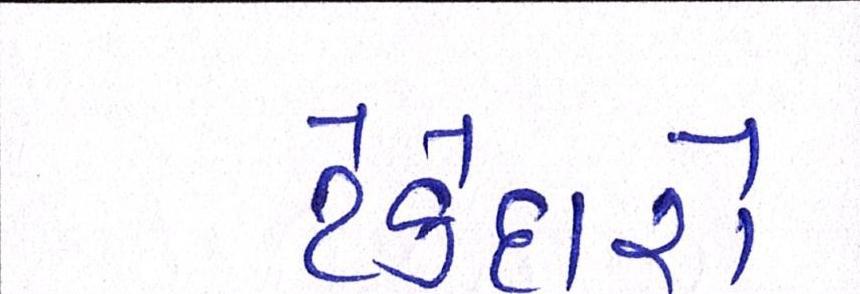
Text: ટેકેદારો